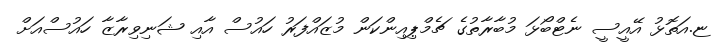
ޏ.އަތޮޅު އޭއީސީ ނެޓްބޯޅަ މުބާރާތުގެ ޗެމްޕިއިންކަން މުޒައްފަރު ހައުސް އާއި ޝަނިވިރާޒާ ހައުސްއަށް